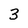
Character: 3